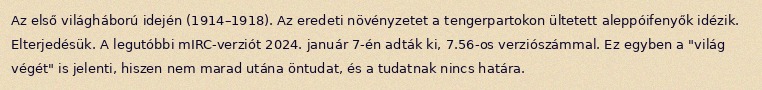
Az első világháború idején (1914–1918). Az eredeti növényzetet a tengerpartokon ültetett aleppóifenyők idézik. Elterjedésük. A legutóbbi mIRC-verziót 2024. január 7-én adták ki, 7.56-os verziószámmal. Ez egyben a "világ végét" is jelenti, hiszen nem marad utána öntudat, és a tudatnak nincs határa.